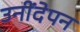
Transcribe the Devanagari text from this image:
उनींदेपन